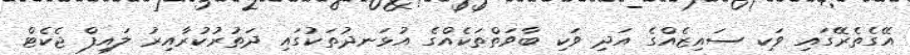
އޭގެތެރޭގައި ވަކި ސައިޒެއްގެ އަދި ވަކި ބާވަތްތަކެއްގެ އުޅަނދުތަކުގައި ދަތުރުކުރާއިރު ލައިފް ޖެކެޓް